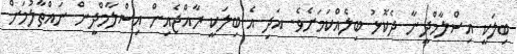
ބިލަކީ އިސްލާމްދީނާ ދެކޮޅު ބިލެއްކަމަށެވެ. އަދި އެ ބިލަކީ ރާއްޖެއިން އިސްލާމްދީން ނައްތާލުމަށް